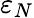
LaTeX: \varepsilon_{N}